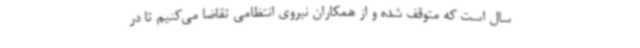
سال است که متوقف شده و از همکاران نیروی انتظامی تقاضا می‌کنیم تا در